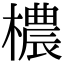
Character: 檂